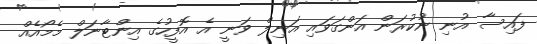
ފައިސާ އުނި ނުކުރަން އަންގަވައި އަނިލް ވަނީ އެ އޮފީހުގެ އިންޓާނަލް މެމޯއެއް